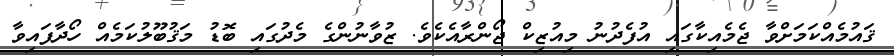
ޤައުމެއްކަމަށްވާ ޖެމެއިކާގައި އުފެދުނު މިއުޒިކް ޖޯންރާއެކެވެ. ޒުވާނުންގެ މެދުގައި ބޮޑު މަޤުބޫލުކަމެއް ހޯދާފައިވާ